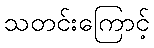
သတင်းကြောင့်